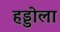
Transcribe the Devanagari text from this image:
हड्डोला